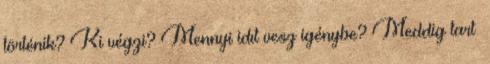
történik? Ki végzi? Mennyi idıt vesz igénybe? Meddig tart